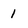
Character: l